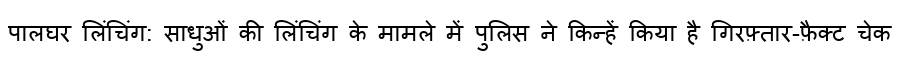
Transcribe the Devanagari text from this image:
पालघर लिंचिंग: साधुओं की लिंचिंग के मामले में पुलिस ने किन्हें किया है गिरफ़्तार-फ़ैक्ट चेक